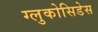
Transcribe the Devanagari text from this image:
ग्लुकोसिडेस